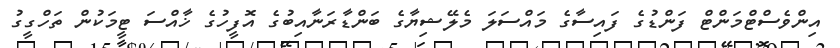
އިންވެސްޓްމަންޓް ފަންޑުގެ ފައިސާގެ މައްސަލަ މެލޭޝިޔާގެ ބަންޑާރަނާއިބުގެ އޮފީހުގެ ޚާއްސަ ޓީމަކުން ތަހްގީގު